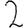
Digit: 2